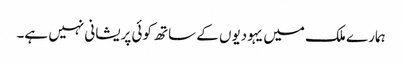
ہمارے ملک میں یہودیوں کے ساتھ کوئی پریشانی نہیں ہے۔